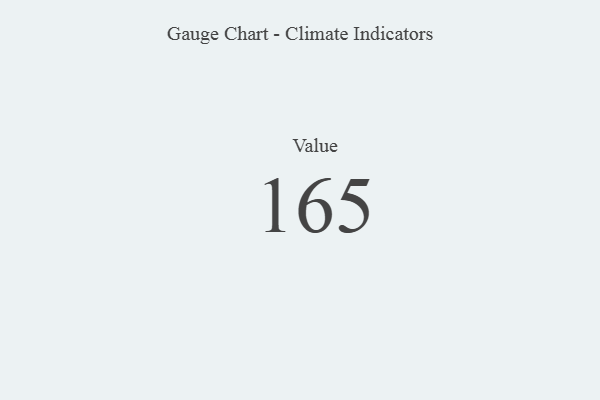
{"axis": {"x": "Metric", "y": "Value"}, "legend": [""], "data": [{"x": "Value", "y": 165, "type": ""}]}